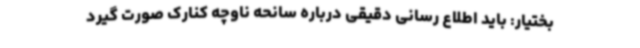
بختیار: باید اطلاع رسانی دقیقی درباره سانحه ناوچه کنارک صورت گیرد